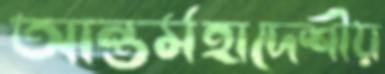
আন্তর্মহাদেশীয়